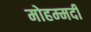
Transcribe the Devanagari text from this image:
मोहम्‍मदी